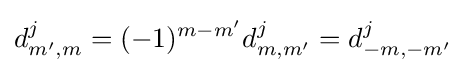
d_{m',m}^{j}=(-1)^{m-m'}d_{m,m'}^{j}=d_{-m,-m'}^{j}